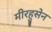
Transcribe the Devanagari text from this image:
मीरहुसेन